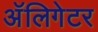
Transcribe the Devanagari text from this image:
अॅलिगेटर